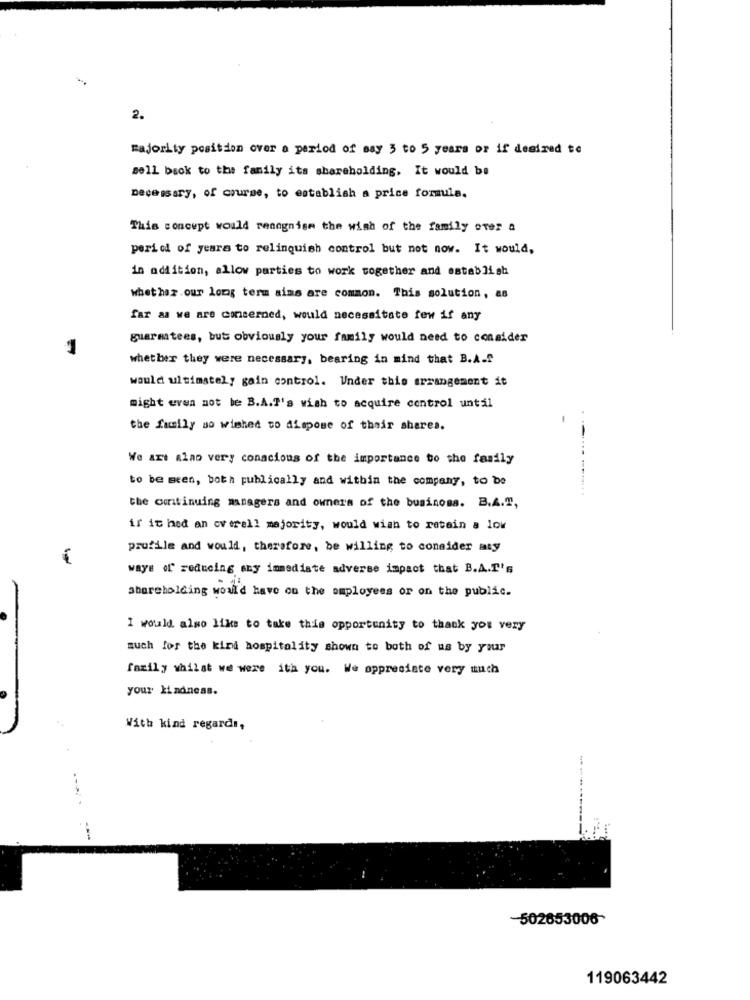
2.
majority position over a period of may 3 to 5 years or if desired to
sell back to the family its shareholding. It would be
necessary, of course, to establish a price formula.
This concept would recognise the wish of the family over a
period of yeara to relinquish control but not now. It would,
in addition, allow parties to work together and establish
whether .our long term aims are common. This solution, as
far as we are concerned, would necessitate few if any
guarantees, but obviously your family would need to consider
whether they were necessary, bearing in mind that B.A.S
would ultimately gain control. Under this arrangement it
might even not be B.A.T's wish to acquire control until
the family so wished to dispose of their shares.
We art alao very conscious of the importance to the family
to be seen, both publically and within the company, to be
the continuing managers and owners of the business. B.A.T,
ir it had an overall majority, would wish to retain a low
prufile and would, therefore, be willing to consider aty
ways of reducing any immediate adverse impact that B.A.I's
shareholding would have on the employees or on the public.
I would also like to take this opportunity to thank you very
much for the kind hospitality shown to both of us by your
fazily whilst we were ith you. We appreciate very much
your kindness.
With kind regards,
-502653006
119063442